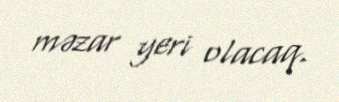
məzar yeri olacaq.